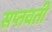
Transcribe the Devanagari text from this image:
सप्तवती